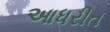
આધરીત